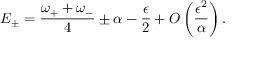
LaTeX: E _ { \pm } = { \frac { \omega _ { + } + \omega _ { - } } { 4 } } \pm \alpha - { \frac { \epsilon } { 2 } } + O \left( { \frac { \epsilon ^ { 2 } } { \alpha } } \right) .